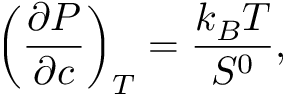
\left( \frac { \partial P } { \partial c } \right) _ { T } = \frac { k _ { B } T } { S ^ { 0 } } ,